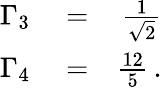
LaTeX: \begin{array}{rlr}{\Gamma_{3}}&{{}=}&{\frac{1}{\sqrt{2}}}\\ {\Gamma_{4}}&{{}=}&{\frac{12}{5}\, .}\end{array}